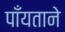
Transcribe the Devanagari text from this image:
पाँयताने